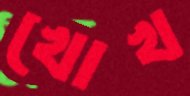
খোখ